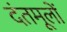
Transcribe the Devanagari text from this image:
दंतमूलों